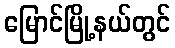
မြောင်မြို့နယ်တွင်